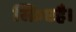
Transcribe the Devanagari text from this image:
स्क्रिप्टहै।